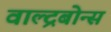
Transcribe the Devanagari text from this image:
वाल्द्रबोन्स